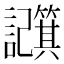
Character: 𫍕